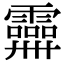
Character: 𩆕